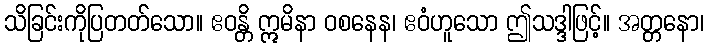
သိခြင်းကိုပြတတ်သော။ ဧဝန္တိ ဣမိနာ ဝစနေန၊ ဧဝံဟူသော ဤသဒ္ဒါဖြင့်။ အတ္တနော၊